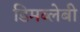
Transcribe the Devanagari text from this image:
डिमब्लेबी